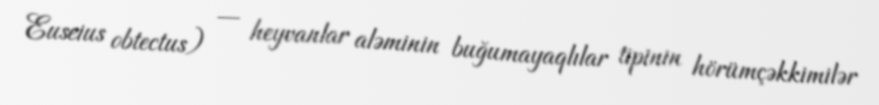
Euseius obtectus) — heyvanlar aləminin buğumayaqlılar tipinin hörümçəkkimilər